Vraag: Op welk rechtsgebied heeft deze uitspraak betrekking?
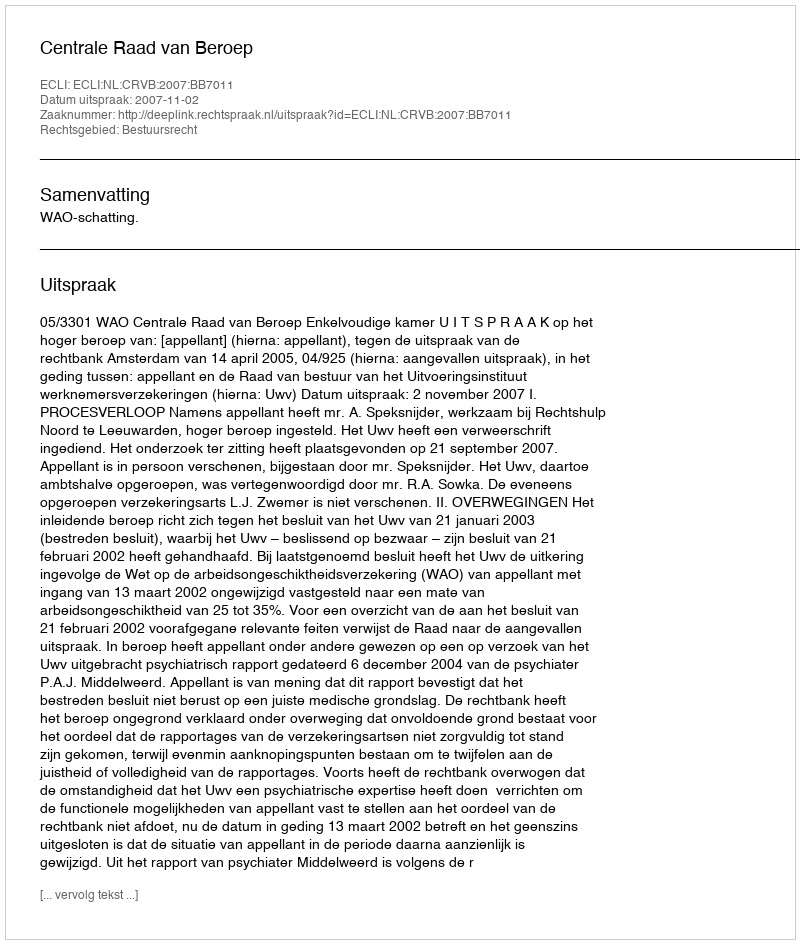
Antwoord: Bestuursrecht